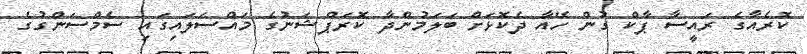
ކޮރެއާގެ ރައީސާ ޕާކް ގުން ހޭއާ ދެކޮޅަށް ބަަލަމުންދާ ކޮރަޕްޝަނުގެ މައްސަލައިގައި ސެމްސަންގުގެ